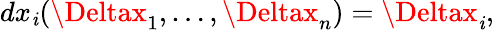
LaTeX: dx_{\mathit{i}}(\Deltax_{1},\dots,\Deltax_{n})=\Deltax_{\mathit{i}},